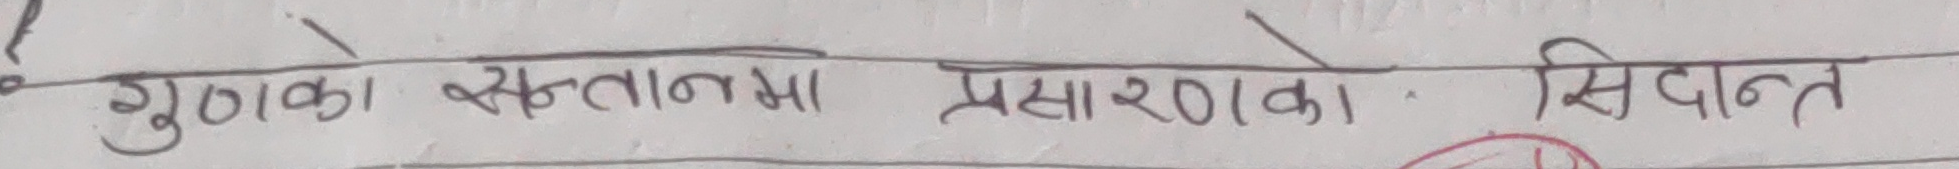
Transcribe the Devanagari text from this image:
गुणको सन्तानमा प्रसारको सिद्धान्त